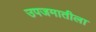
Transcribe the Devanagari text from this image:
उपजमातीला